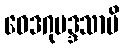
ဝေဒဂုမဒ္ဒသာမိ